Insane asylums in Bengal annual reports 1867-1875 - 1867-1875
Year: 1867
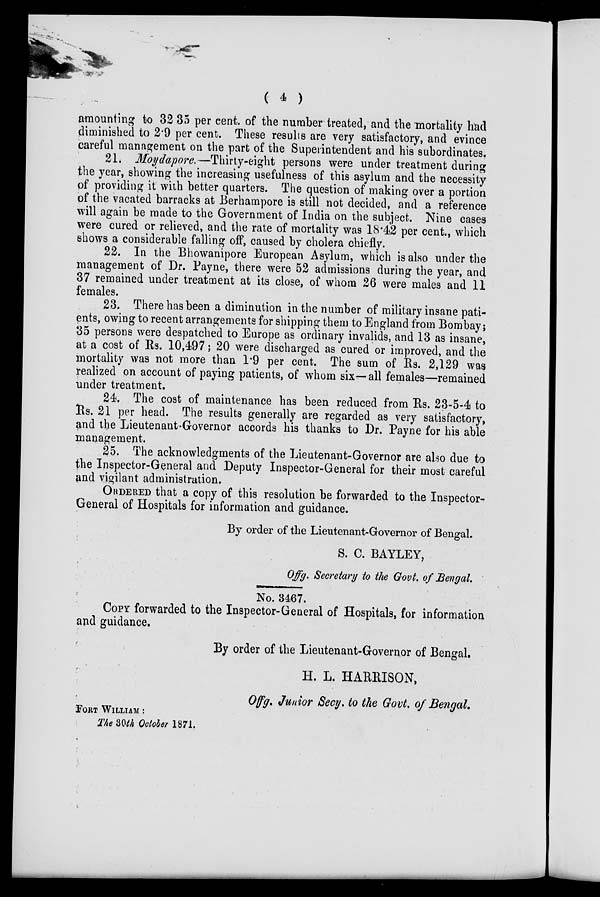
( 4 )
amounting to 32.35 per cent. of the number treated, and the mortality had
diminished to 2.9 per cent. These results are very satisfactory, and evince
careful management on the part of the Superintendent and his subordinates.
21. Moydapore.—Thirty-eight persons were under treatment during
the year, showing the increasing usefulness of this asylum and the necessity
of providing it with better quarters. The question of making over a portion
of the vacated barracks at Berhampore is still not decided, and a reference
will again be made to the Government of India on the subject. Nine cases
were cured or relieved, and the rate of mortality was 18.42 per cent., which
shows a considerable falling off, caused by cholera chiefly.
22. In the Bhowanipore European Asylum, which is also under the
management of Dr. Payne, there were 52 admissions during the year, and
37 remained under treatment at its close, of whom 26 were males and 11
females.
23. There has been a diminution in the number of military insane pati-
ents, owing to recent arrangements for shipping them to England from Bombay;
35 persons were despatched to Europe as ordinary invalids, and 13 as insane,
at a cost of Rs. 10,497; 20 were discharged as cured or improved, and the
mortality was not more than 1.9 per cent. The sum of Rs. 2,129 was
realized on account of paying patients, of whom six—all females—remained
under treatment.
24. The cost of maintenance has been reduced from Rs. 23-5-4 to
Rs. 21 per head. The results generally are regarded as very satisfactory,
and the Lieutenant-Governor accords his thanks to Dr. Payne for his able
management.
25. The acknowledgments of the Lieutenant-Governor are also due to
the Inspector-General and Deputy Inspector-General for their most careful
and vigilant administration.
ORDERED that a copy of this resolution be forwarded to the Inspector-
General of Hospitals for information and guidance.
By order of the Lieutenant-Governor of Bengal.
S. C. BAYLEY,
Offg. Secretary to the Govt. of Bengal.
No. 3467.
COPY forwarded to the Inspector-General of Hospitals, for Information
and guidance.
By order of the Lieutenant-Governor of Bengal.
H. L. HARRISON,
Offg. Junior Secy. to the Govt of Bengal.
FORT WILLIAM :
The 30th October 1871.